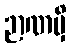
ဉာဏမှိ